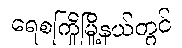
ရေစကြိုမြို့နယ်တွင်